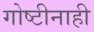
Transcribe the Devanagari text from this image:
गोष्टीनाही